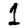
Digit: 1